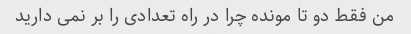
من فقط دو تا مونده چرا در راه تعدادی را بر نمی دارید